Senior Leaving Certificate Examination (including Day School Certificate (Higher) General paper), 1949
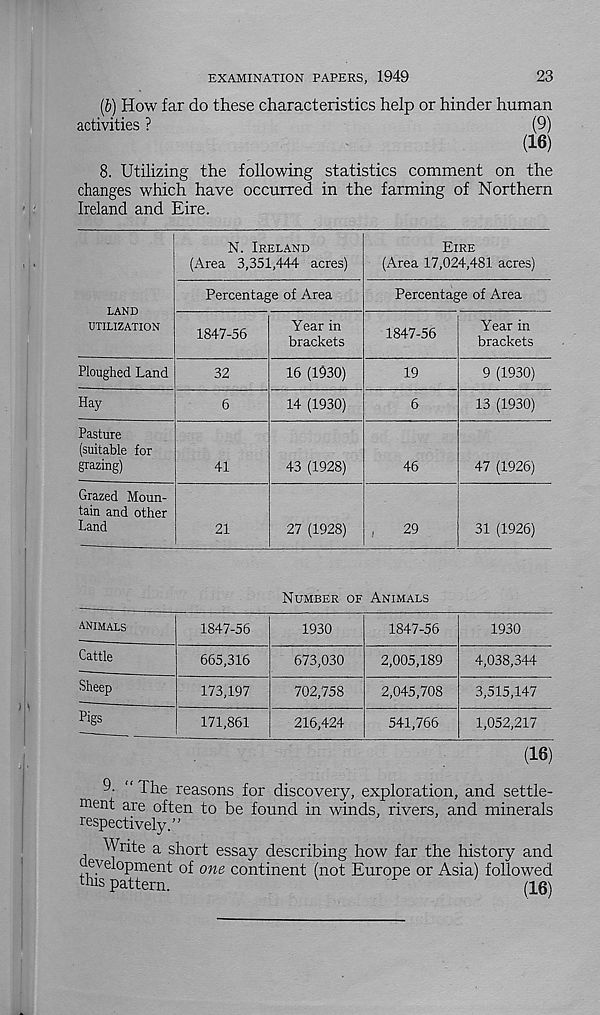
23
EXAMINATION PAPERS, 1949
(b) How far do these characteristics help or hinder human
activities ?
(9)
(16)
8. Utilizing the following statistics comment on the
changes which have occurred in the farming of Northern
Ireland and Eire.
LAND
UTILIZATION
N. IRELAND
(Area 3,351,444 acres)
Percentage of Area
1847-56
Year in
brackets
EIRE
(Area 17,024,481 acres)
Percentage of Area
1847-56
Year in
brackets
Ploughed Land
32
16 (1930)
19
9 (1930)
Hay
14 (1930)
13 (1930)
Pasture
(suitable for
grazing)
Grazed Moun-
tain and other
Land
41
43 (1928)
46
21
27 (1928)
29
47 (1926)
31 (1926)
NUMBER OF ANIMALS
ANIMALS
Cattle
Sheep
Pigs
1847-56
665,316
173,197
171,861
1930
673,030
702,758
216,424
1847-56
2,005,189
2,045,708
541,766
1930
4,038,344
3,515,147
1,052,217
(16)
9- “ The reasons for discovery, exploration, and settle-
ment are often to be found in winds, rivers, and minerals
respectively.”
Write a short essay describing how far the history and
eyelopment of one continent (not Europe or Asia) followed
this pattern.
(16)